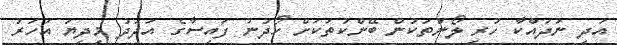
އަދި ނުދައްކާ ހުރި ލޯނުތަކުން ބޭންކުތަކަށް ހޯދުނު ފައިސާގެ އަދަދު މިދިޔަ އަހަރު